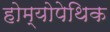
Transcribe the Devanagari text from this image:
होम्योपेथिक